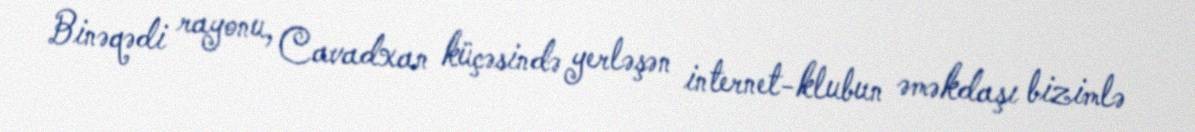
Binəqədi rayonu, Cavadxan küçəsində yerləşən internet-klubun əməkdaşı bizimlə